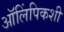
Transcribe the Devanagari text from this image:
ऑलिंपिकशी